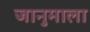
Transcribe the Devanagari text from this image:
जानुमाला